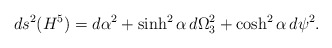
\begin{align*}ds^2(H^5)=d\alpha^2+\sinh^2\alpha\,d\Omega_3^2+\cosh^2\alpha\,d\psi^2.\end{align*}